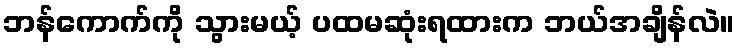
ဘန်ကောက်ကို သွားမယ့် ပထမဆုံးရထားက ဘယ်အချိန်လဲ။